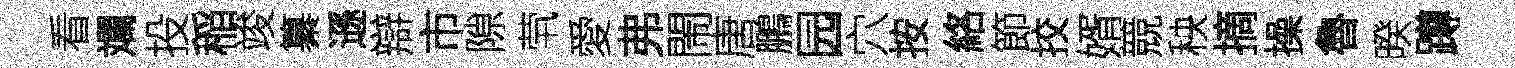
看斕投稲竣纂遜辯市隙茕愛弗閙唐鵬园穴按絡節挍婿競秧摘操魯暌蹲